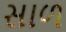
સાળ